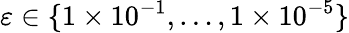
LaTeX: \varepsilon\in\{ 1\times 10^{-1},\dots,1\times 10^{-5}\}